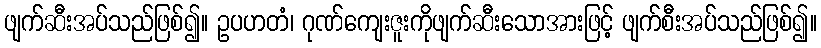
ဖျက်ဆီးအပ်သည်ဖြစ်၍။ ဥပဟတံ၊ ဂုဏ်ကျေးဇူးကိုဖျက်ဆီးသောအားဖြင့် ဖျက်စီးအပ်သည်ဖြစ်၍။